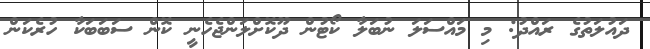
ދައުލަތުގެ ރައްދު: މި މައްސަލަ ނުބަލާ ކޯޓުން ދޫކޮށްލަންޖެހެނީ ކޮން ސަބަބަކާ ހުރެކަން